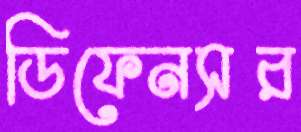
ডিফেনসর